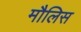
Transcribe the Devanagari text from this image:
मौलिस